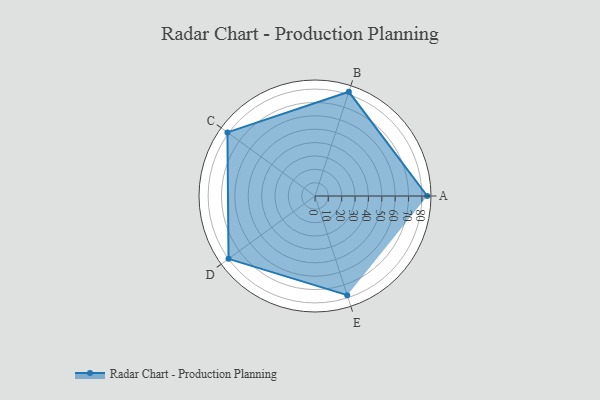
{"axis": {"x": "Skill", "y": "Score"}, "legend": ["Profile"], "data": [{"x": "A", "y": 84.0, "type": "Profile"}, {"x": "B", "y": 82.0, "type": "Profile"}, {"x": "C", "y": 81.0, "type": "Profile"}, {"x": "D", "y": 80.0, "type": "Profile"}, {"x": "E", "y": 78.0, "type": "Profile"}]}